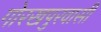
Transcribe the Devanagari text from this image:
गोरखपुरवासी